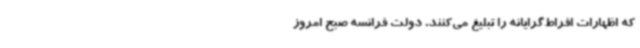
که اظهارات افراط‌گرایانه را تبلیغ می‌کنند. دولت فرانسه صبح امروز